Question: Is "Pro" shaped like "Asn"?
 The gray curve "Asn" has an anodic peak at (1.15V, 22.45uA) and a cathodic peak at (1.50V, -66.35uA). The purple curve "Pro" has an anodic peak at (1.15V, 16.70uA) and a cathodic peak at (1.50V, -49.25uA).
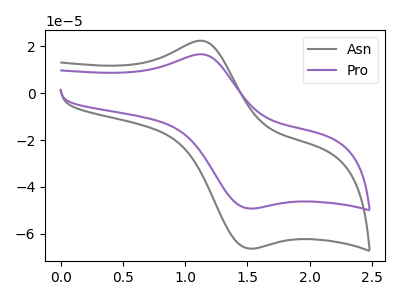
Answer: <think>All the peaks in "Pro" have a peak in "Asn" at the same potential. Every peak in "Pro" is lower than every peak in "Asn".
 </think>
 <answer>"Pro" and "Asn" are similar in shape.</answer>
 <eval>same_shape</eval>